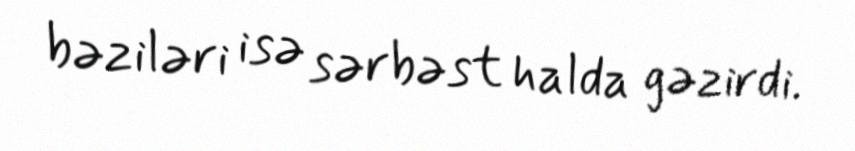
bəziləri isə sərbəst halda gəzirdi.